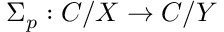
\Sigma _ { p } : C / X \to C / Y